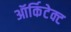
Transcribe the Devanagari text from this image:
ऑर्किटेक्ट